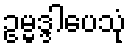
ဥမ္မဒ္ဒါပေသုံ